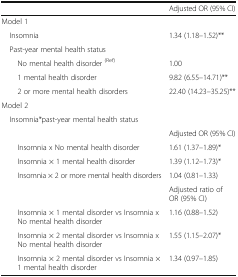
<table><thead><tr><td></td><td><b>Adjusted OR (95% CI)</b></td></tr></thead><tbody><tr><td colspan="2">Model 1</td></tr><tr><td> Insomnia</td><td>1.34 (1.18–1.52)**</td></tr><tr><td colspan="2"> Past-year mental health status</td></tr><tr><td>No mental health disorder <sup>(Ref)</sup></td><td>1.00</td></tr><tr><td>1 mental health disorder</td><td>9.82 (6.55–14.71)**</td></tr><tr><td>2 or more mental health disorders</td><td>22.40 (14.23–35.25)**</td></tr><tr><td colspan="2">Model 2</td></tr><tr><td colspan="2"> Insomnia*past-year mental health status</td></tr><tr><td></td><td>Adjusted OR (95% CI)</td></tr><tr><td>Insomnia x No mental health disorder</td><td>1.61 (1.37–1.89)*</td></tr><tr><td>Insomnia × 1 mental health disorder</td><td>1.39 (1.12–1.73)*</td></tr><tr><td>Insomnia × 2 or more mental health disorders</td><td>1.04 (0.81–1.33)</td></tr><tr><td></td><td>Adjusted ratio of OR (95% CI)</td></tr><tr><td>Insomnia × 1 mental disorder vs Insomnia x No mental health disorder</td><td>1.16 (0.88–1.52)</td></tr><tr><td>Insomnia × 2 mental disorder vs Insomnia x No mental health disorder</td><td>1.55 (1.15–2.07)*</td></tr><tr><td>Insomnia × 2 mental disorder vs Insomnia × 1 mental health disorder</td><td>1.34 (0.97–1.85)</td></tr></tbody></table>